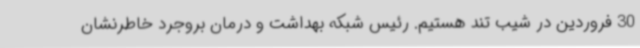
30 فروردین در شیب تند هستیم. رئیس شبکه بهداشت و درمان بروجرد خاطرنشان